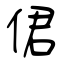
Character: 侰